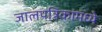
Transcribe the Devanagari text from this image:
जालपत्रिकांमध्ये